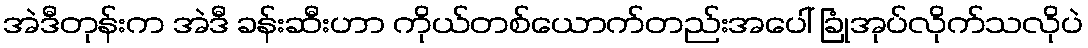
အဲဒီတုန်းက အဲဒီ ခန်းဆီးဟာ ကိုယ်တစ်ယောက်တည်းအပေါ် ခြုံအုပ်လိုက်သလိုပဲ